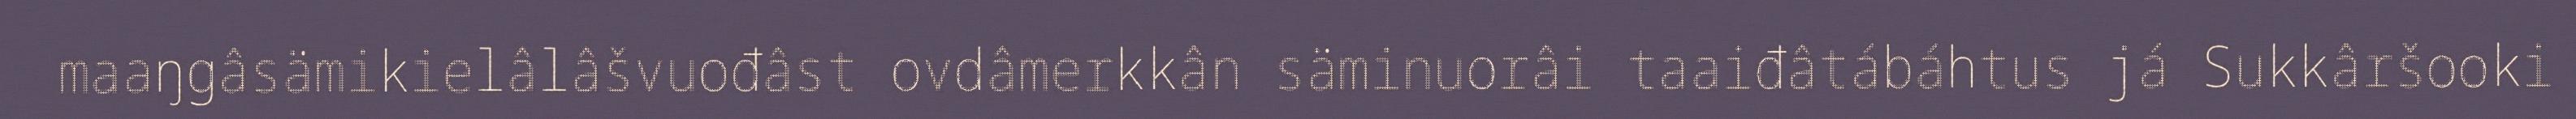
maaŋgâsämikielâlâšvuođâst ovdâmerkkân säminuorâi taaiđâtábáhtus já Sukkâršooki